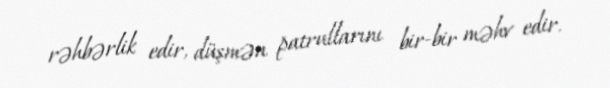
rəhbərlik edir, düşmən patrullarını bir-bir məhv edir.